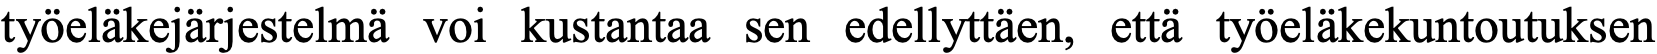
työeläkejärjestelmä voi kustantaa sen edellyttäen, että työeläkekuntoutuksen